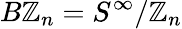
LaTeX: B\mathbb{Z}_{n}=S^{\infty}/\mathbb{Z}_{n}